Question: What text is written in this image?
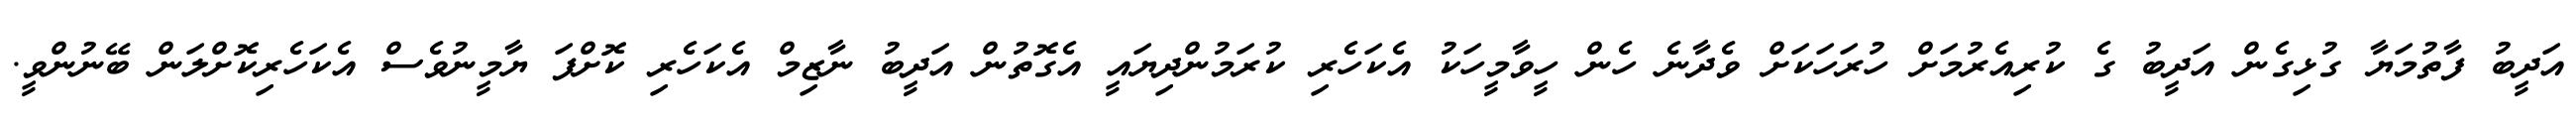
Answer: އަދީބު ފާތުމަޔާ ގުޅިގެން އަދީބު ގެ ކުރިއެރުމަށް ހުރަހަކަށް ވެދާނެ ހެން ހީވާމީހަކު އެކަހެރި ކުރަމުންދިޔައީ އެގޮތުން އަދީބު ނާޒިމް އެކަހެރި ކޮށްފަ ޔާމީނުވެސް އެކަހެރިކޮށްލަން ބޭނުންވީ.